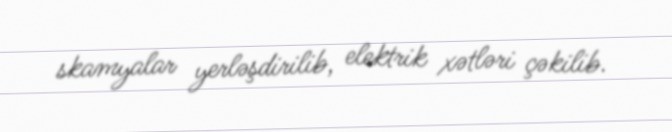
skamyalar yerləşdirilib, elektrik xətləri çəkilib.